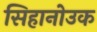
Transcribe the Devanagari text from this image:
सिहानोउक